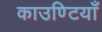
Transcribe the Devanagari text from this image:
काउण्टियाँ